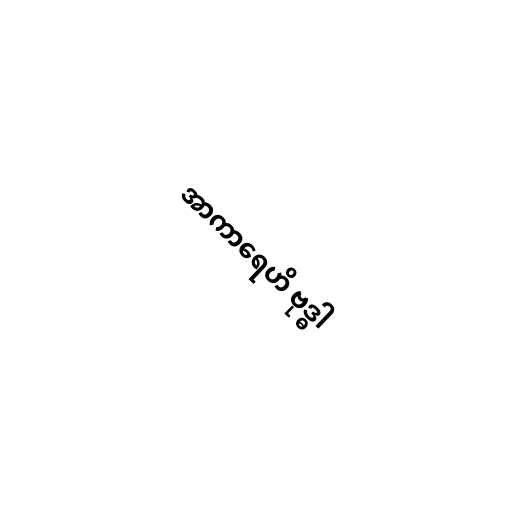
အာကာရေဟိ ဗုဒ္ဓါ